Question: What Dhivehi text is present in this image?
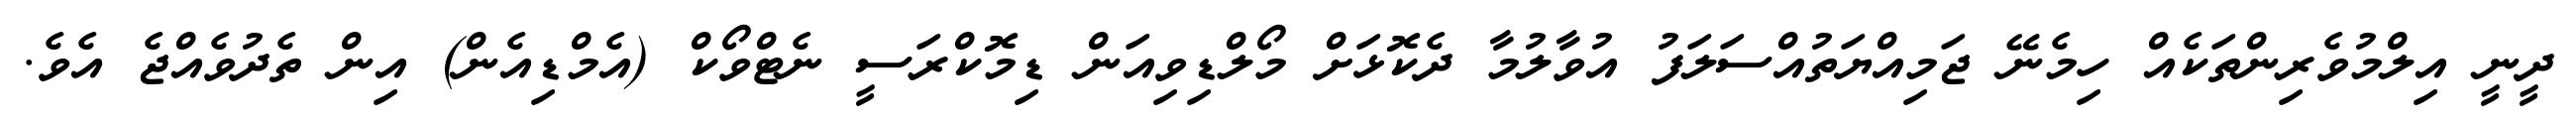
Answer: ދީނީ އިލްމުވެރިންތަކެއް ހިމެނޭ ޖަމިއްޔަތުއްސަލަފު އުވާލުމާ ދެކޮޅަށް މޯލްޑިވިއަން ޑިމޮކްރަސީ ނެޓްވޯކް (އެމްޑިއެން) އިން ތެދުވެއްޖެ އެވެ.